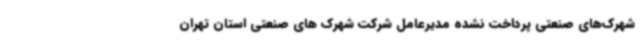
شهرک‌های صنعتی پرداخت نشده مدیرعامل شرکت شهرک های صنعتی استان تهران